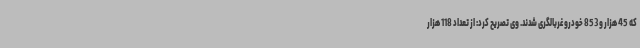
که 45 هزار و 853 خودرو غربالگری شدند. وی تصریح کرد: از تعداد 118 هزار